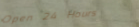
Open 24 Hours